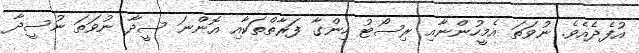
އުފެދެއެވެ. ނުވަތަ އެމީހުންނާއި ރިސޯޓު ހިންގާ ފަރާތްތަކާއި އޮންނަ ސީދާ ނުވަތަ ނުސީދާ